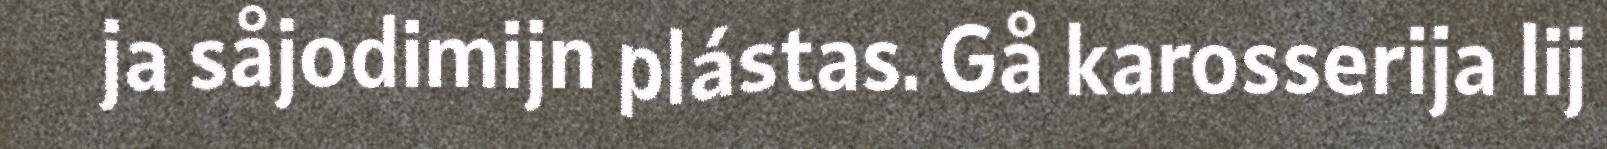
ja såjodimijn plástas. Gå karosserija lij